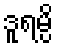
ဒူရမ္ပိ